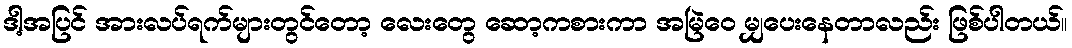
ဒါ့အပြင် အားလပ်ရက်များတွင်တော့ လေးတွေ ဆော့ကစားကာ အမြဲဝေ မျှပေးနေတာလည်း ဖြစ်ပါတယ်။